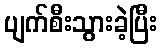
ပျက်စီးသွားခဲ့ပြီး